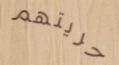
حريتهم